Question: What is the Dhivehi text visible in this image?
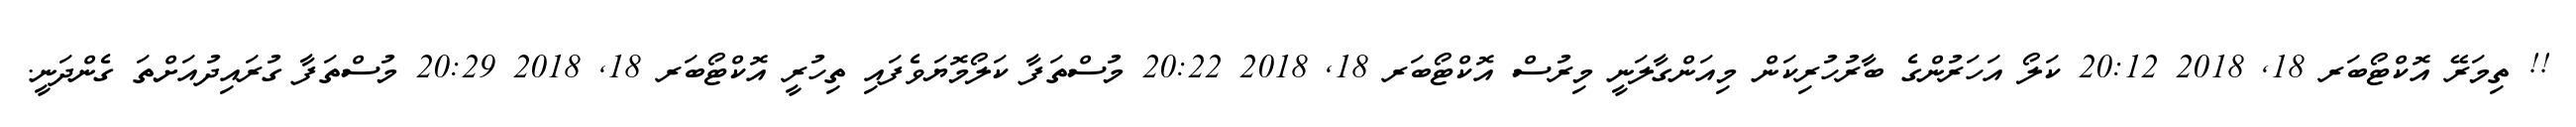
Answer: !! ތިމަރޭ އޮކްޓޯބަރ 18, 2018 20:12 ކަލޯ އަހަރުންގެ ބާރުހުރިކަން މިއަންގާލަނީ މިރުސް އޮކްޓޯބަރ 18, 2018 20:22 މުސްތަފާ ކަލޯމޮޔަވެފައި ތިހުރީ އޮކްޓޯބަރ 18, 2018 20:29 މުސްތަފާ ގުރައިދުއަށްތަ ގެންދަނީ.